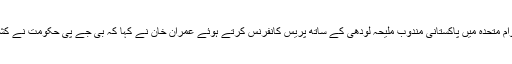
نیویارک میں پاکستان کے وزیرخارجہ شاہ محمود قریشی اور اقوام متحدہ میں پاکستانی مندوب ملیحہ لودھی کے ساتھ پریس کانفرنس کرتے ہوئے عمران خان نے کہا کہ بی جے پی حکومت نے کشمیر میں جو اقدامات کیے ہیں وہ انڈیا کے آئین سے متصادم ہیں۔